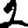
Digit: 2